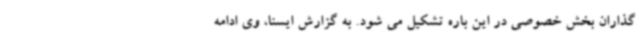
گذاران بخش خصوصی در این باره تشکیل می شود. به گزارش ایسنا، وی ادامه